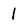
Character: 1